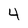
Character: 4